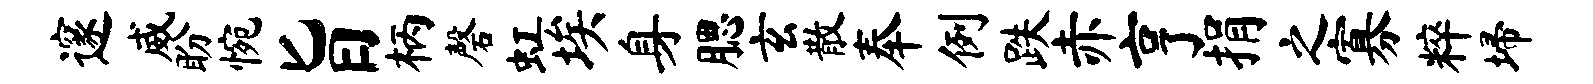
邃威盼惋旨柄磬虹埃身腮玄散奉例跌赤亨捐之寡粹埽